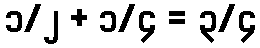
၁/၂ + ၁/၄ = ၃/၄